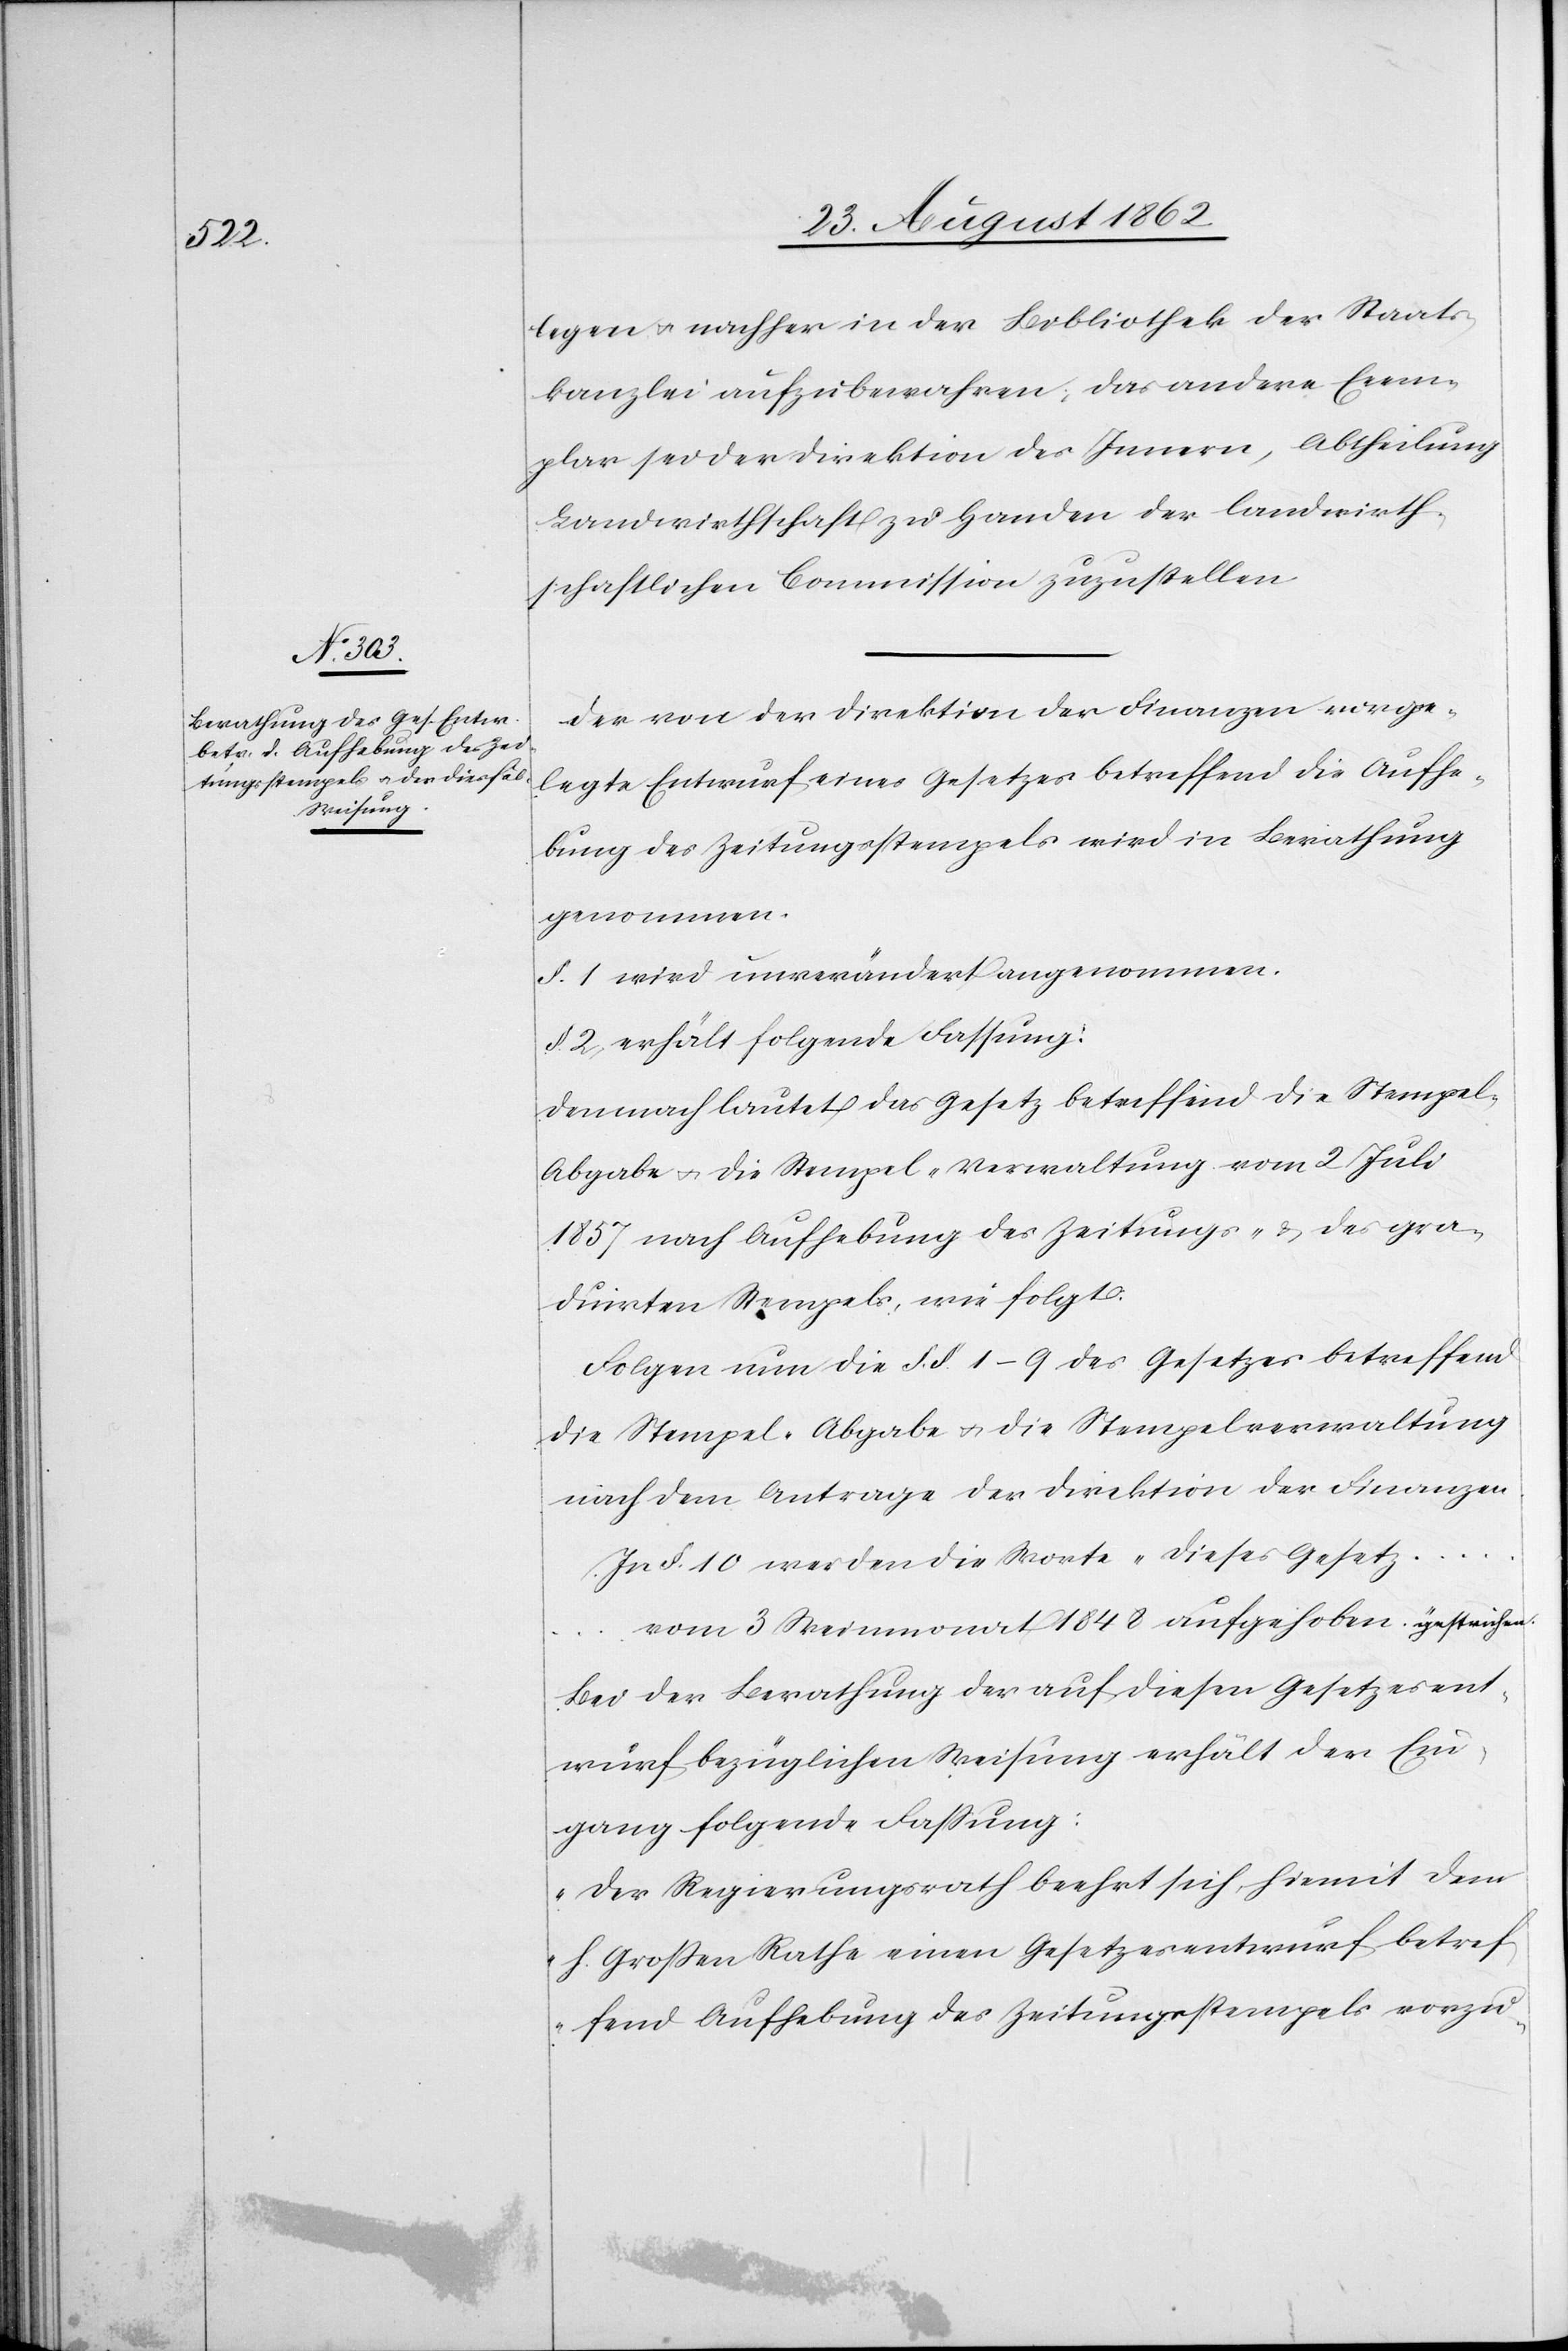
legen u. nachher in der Bibliothek der Staats¬
kanzlei aufzubewahren, das andere Exem¬
plar sei der Direktion des Innern, Abtheilung
Landwirthschaft zu Handen der landwirth¬
schaftlichen Commission zuzustellen.
Der von der Direktion der Finanzen vorge¬
legte Entwurf eines Gesetzes betreffend die Aufhe¬
bung des Zeitungsstempels wird in Berathung
genommen.
§. 1. wird unverändert angenommen.
§. 2. erhält folgende Fassung:
Demnach lautet das Gesetz betreffend die Stempel-A¬
bgabe u. die Stempel-Verwaltung vom 2. Juli
1857 nach Aufhebung des Zeitungs- u. des gra¬
duirten Stempels wie folgt:
Folgen nun die §§. 1–9 des Gesetzes betreffend
die Stempel-Abgabe u. die Stempelverwaltung
nach dem Antrage der Direktion der Finanzen.
In §. 10 werden die Worte „dieses Gesetz …
vom 3. Weinmonat 1848[“] aufgehoben. gestrichen.
Bei der Berathung der auf diesen Gesetzesent¬
wurf bezüglichen Weisung erhält der Ein¬
gang folgende Faßung:
„Der Regierungsrath beehrt sich, hiemit dem
h. Großen Rathe einen Gesetzesentwurf betref¬
fend Aufhebung des Zeitungsstempels vorzu-